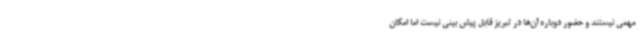
مهمی نیستند و حضور دوباره آن‌ها در تبریز قابل پیش بینی نیست اما امکان